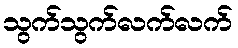
သွက်သွက်လက်လက်